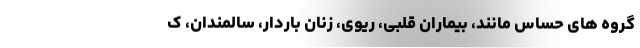
گروه های حساس مانند، بیماران قلبی، ریوی، زنان باردار، سالمندان، ک